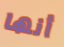
أنها